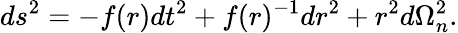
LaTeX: ds^{2}=-f(r)dt^{2}+f(r)^{-1}dr^{2}+r^{2}d\Omega_{n}^{2}.